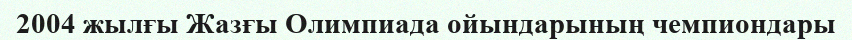
2004 жылғы Жазғы Олимпиада ойындарының чемпиондары